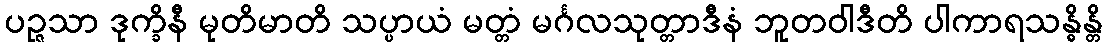
ပဉ္ဇသာ ဒုက္ခိနီ မုတိမာတိ သပ္ပာယံ မတ္တံ မင်္ဂလသုတ္တာဒီနံ ဘူတဝါဒီတိ ပါကာရသန္ဓိန္တိ